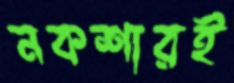
নকশারই